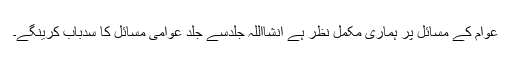
عوام کے مسائل پر ہماری مکمل نظر ہے انشااللہ جلدسے جلد عوامی مسائل کا سدباب کرینگے۔